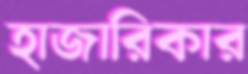
হাজারিকার